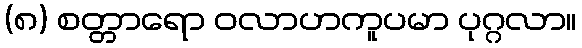
(၈) စတ္တာရော ဝလာဟကူပမာ ပုဂ္ဂလာ။